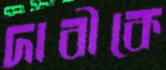
দাবীকে